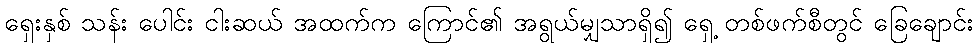
ရှေးနှစ် သန်း ပေါင်း ငါးဆယ် အထက်က ကြောင်၏ အရွယ်မျှသာရှိ၍ ရှေ့ တစ်ဖက်စီတွင် ခြေချောင်း